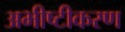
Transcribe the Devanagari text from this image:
अभीष्टीकरण